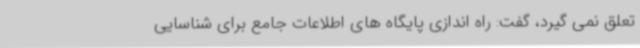
تعلق نمی گیرد، گفت: راه اندازی پایگاه های اطلاعات جامع برای شناسایی